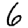
Digit: 6